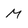
Character: M